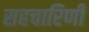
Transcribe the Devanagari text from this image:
सहचारिणीं